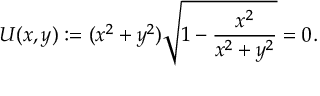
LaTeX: U ( x , y ) : = ( x ^ { 2 } + y ^ { 2 } ) { \sqrt { 1 - { \frac { x ^ { 2 } } { x ^ { 2 } + y ^ { 2 } } } } } = 0 .